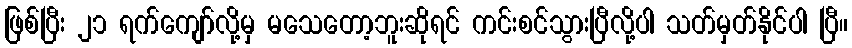
ဖြစ်ပြီး ၂၁ ရက်ကျော်လို့မှ မသေတော့ဘူးဆိုရင် ကင်းစင်သွားပြီလို့ပါ သတ်မှတ်နိုင်ပါ ပြီ။